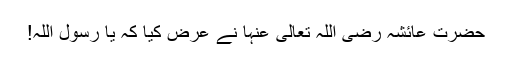
حضرت عائشہ رضی اللہ تعالیٰ عنہا نے عرض کیا کہ یا رسولؐ اللہ!